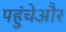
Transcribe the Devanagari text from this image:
पहुंचेऔर